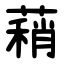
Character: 蕱